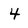
Character: 4